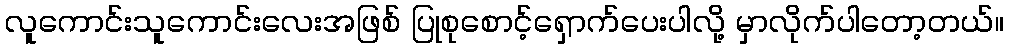
လူကောင်းသူကောင်းလေးအဖြစ် ပြုစုစောင့်ရှောက်ပေးပါလို့ မှာလိုက်ပါတော့တယ်။